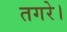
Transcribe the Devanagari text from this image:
तगरे।